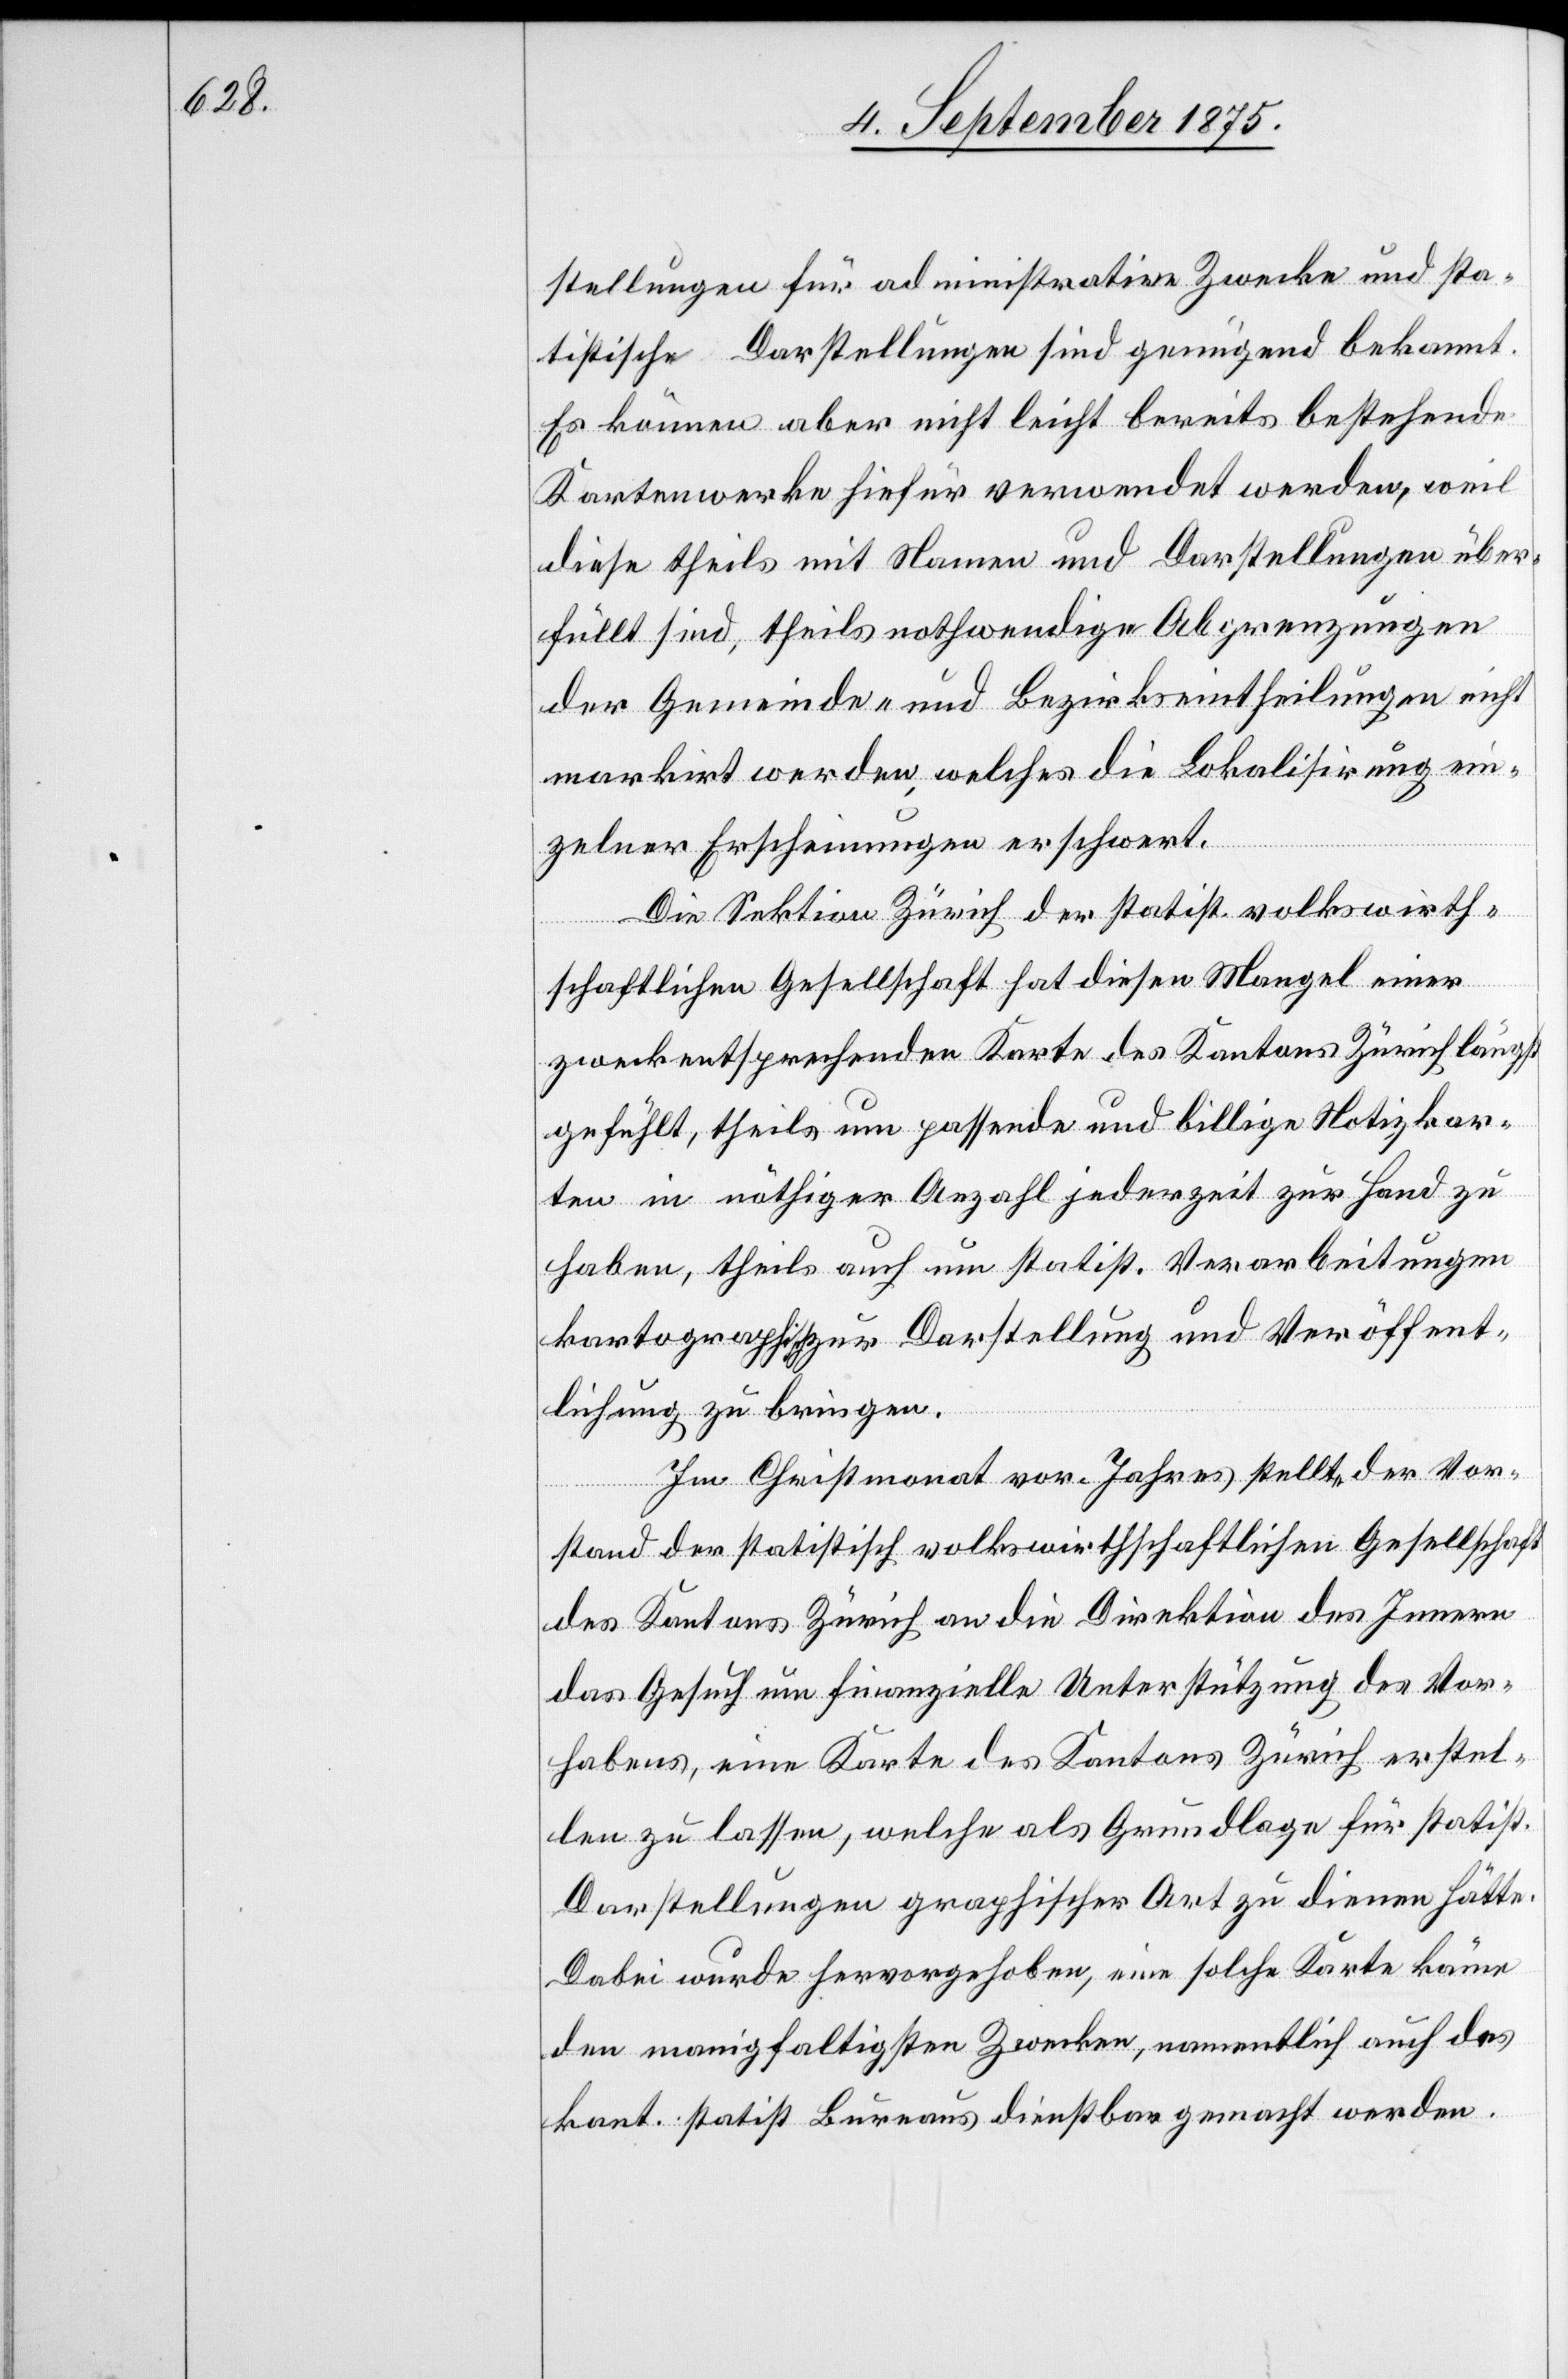
stellungen für administrative Zwecke und sta¬
tistische Darstellungen sind genügend und bekannt.
Es können aber nicht leicht bereits bestehende
Kartenwerke hiefür verwendet werden, weil
diese theils mit Namen und Darstellungen über¬
füllt sind, theils nothwendige Abgrenzungen
der Gemeinde- und Bezirkseintheilungen nicht
markirt werden, welches die Lokalisirung ein¬
zelner Erscheinungen erschwert.
Die Sektion Zürich der statist. volkswirth¬
schaftlichen Gesellschaft hat diesen Mangel einer
zweckentsprechenden Karte des Kantons Zürich längst
gefüllt, theils um passende und billige Notizkar¬
ten in nöthiger Anzahl jederzeit zur Hand zu
haben, theils auch um statist. Vorbereitungen
kartographisch zur Darstellung und Veröffent¬
lichen zu bringen.
Im Christmonat vor. Jahres stellte der Vor¬
stand der statistisch volkswirthschaftlichen Gesellschaft
des Kantons Zürich an die Direktion des Innern
das Gesuch um finanzielle Unterstützung des Vor¬
habens, eine Karte des Kantons Zürich erstel¬
len zu lassen, welche als Grundlage für statist.
Darstellungen graphischer Art zu dienen hätte.
Dabei wurde hervorgehoben, eine solche Karte käme
den manigfaltigsten Zwecken, namentlich auch des
kant. statist. Bureaus dienstbar gemacht werden.